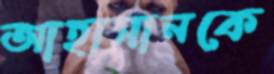
আহাসানকে